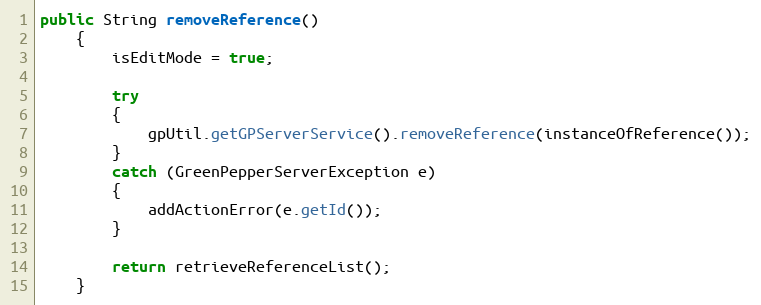
Language: Java
public String removeReference()
    {
        isEditMode = true;

        try
        {
            gpUtil.getGPServerService().removeReference(instanceOfReference());
        }
        catch (GreenPepperServerException e)
        {
            addActionError(e.getId());
        }

        return retrieveReferenceList();
    }